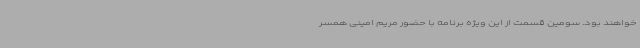
خواهند بود. سومین قسمت از این ویژه برنامه با حضور مریم امینی همسر